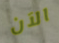
الآن